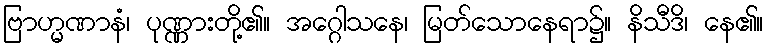
ဗြာဟ္မဏာနံ၊ ပုဏ္ဏားတို့၏။ အဂ္ဂေါသနေ၊ မြတ်သောနေရာ၌။ နိသီဒိ၊ နေ၏။